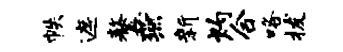
帙遮鏊燕新灼合咯拔